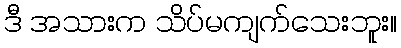
ဒီ အသားက သိပ်မကျက်သေးဘူး။